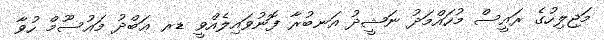
މަޖިލިހުގެ ރައީސް މުހައްމަދު ނަޝީދު އަނބުރާ ފޮނުވައިލެއްވީ ޑރ ޢަބްދު މައުސޫމް ހުވާ